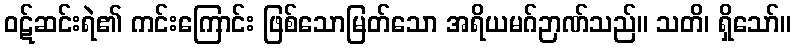
ဝဋ်ဆင်းရဲ၏ ကင်းကြောင်း ဖြစ်သောမြတ်သော အရိယမဂ်ဉာဏ်သည်။ သတိ၊ ရှိသော်။